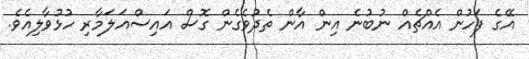
އޭގެ ފަހުން އެއްޗެއް ނުބުނެ އިން އާން ތެދުވެގެން ގޮސް އައިސްއަލަމާރި ހުޅުވާލިއެވެ.